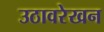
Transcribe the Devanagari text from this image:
उठावरेखन